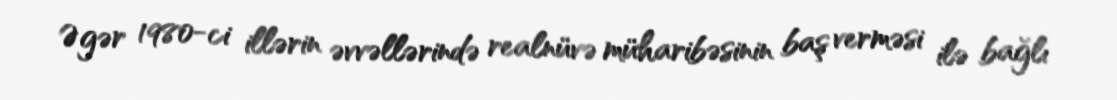
Əgər 1980-ci illərin əvvəllərində realnüvə müharibəsinin baş verməsi ilə bağlı